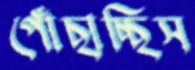
পোঁছাচ্ছিস